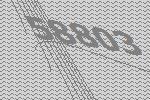
58803